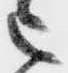
被